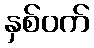
နှစ်ဝက်